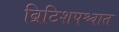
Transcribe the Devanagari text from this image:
ब्रिटिशपश्चात